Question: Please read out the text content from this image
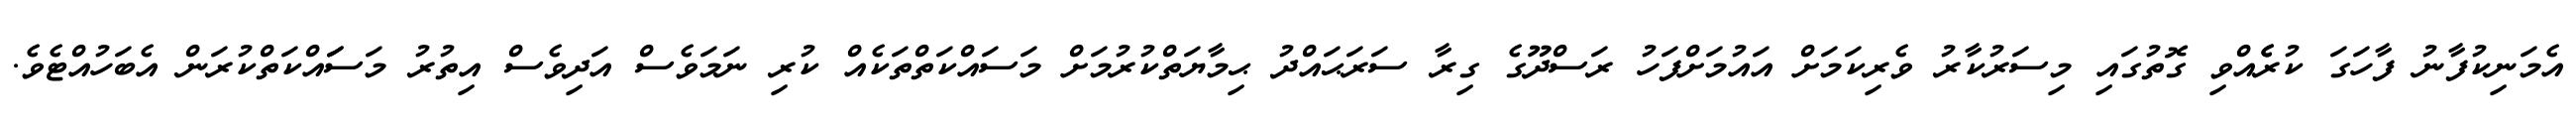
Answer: އެމަނިކުފާނު ފާހަގަ ކުރެެއްވި ގޮތުގައި މިސަރުކާރު ވެރިކަމަށް އައުމަށްފަހު ރަސްދޫގެ ގިރާ ސަރަޙައްދު ޙިމާޔަތްކުރުމަށް މަސައްކަތްތަކެއް ކުރި ނަމަވެސް އަދިވެސް އިތުރު މަސަައްކަތްކުރަން އެބަހުއްޓެވެ.